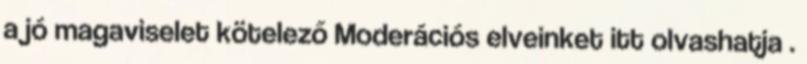
a jó magaviselet kötelező Moderációs elveinket itt olvashatja .